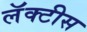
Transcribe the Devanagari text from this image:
लॅक्‍टीस